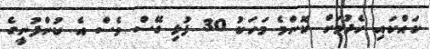
ކައްކައި ހެދުމަށް ކޮންމެ މަހަކު 30 ފުޅި ގޭސް ވެސް އެ ކުންފުނީގެ